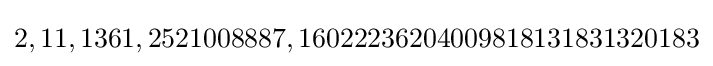
2,11,1361,2521008887,16022236204009818131831320183